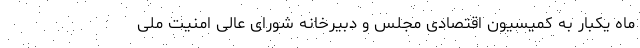
ماه یکبار به کمیسیون اقتصادی مجلس و دبیرخانه شورای عالی امنیت ملی